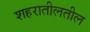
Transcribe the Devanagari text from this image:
शहरातीलतील